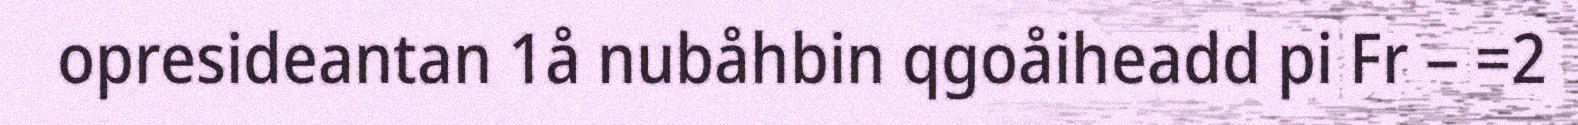
opresideantan 1å nubåhbin qgoåiheadd pi Fr – =2